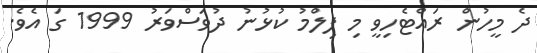
ދެ މީހުން ރައްޓެހިވީ މި ފިލްމު ކުޅުނު ދުވަސްވަރު 1999 ގަ އެވެ.